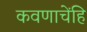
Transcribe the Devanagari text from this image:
कवणाचेंहि